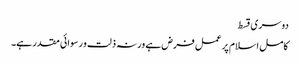
دوسری قسط
کامل اسلام پر عمل فرض ہے ورنہ ذلت و رسوائی مقدر ہے۔